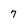
Character: 7